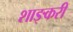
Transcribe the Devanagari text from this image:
शाङ्करी